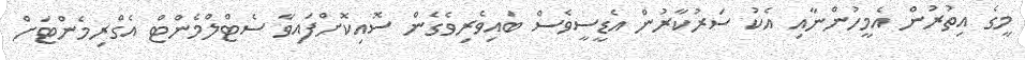
މީގެ އިތުރުން އެމީހުންނާއި އެކު ސަރުކާރުން އެޑީސީވެސް ބައިވެރިވެގެން ސޮއިކޮށްފައިވާ ސެޓްލްމެންޓް އެގްރިމެންޓަށް